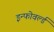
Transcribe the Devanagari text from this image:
इन्फोवर्ल्ड